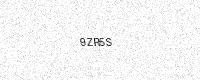
Text: 9ZR5S